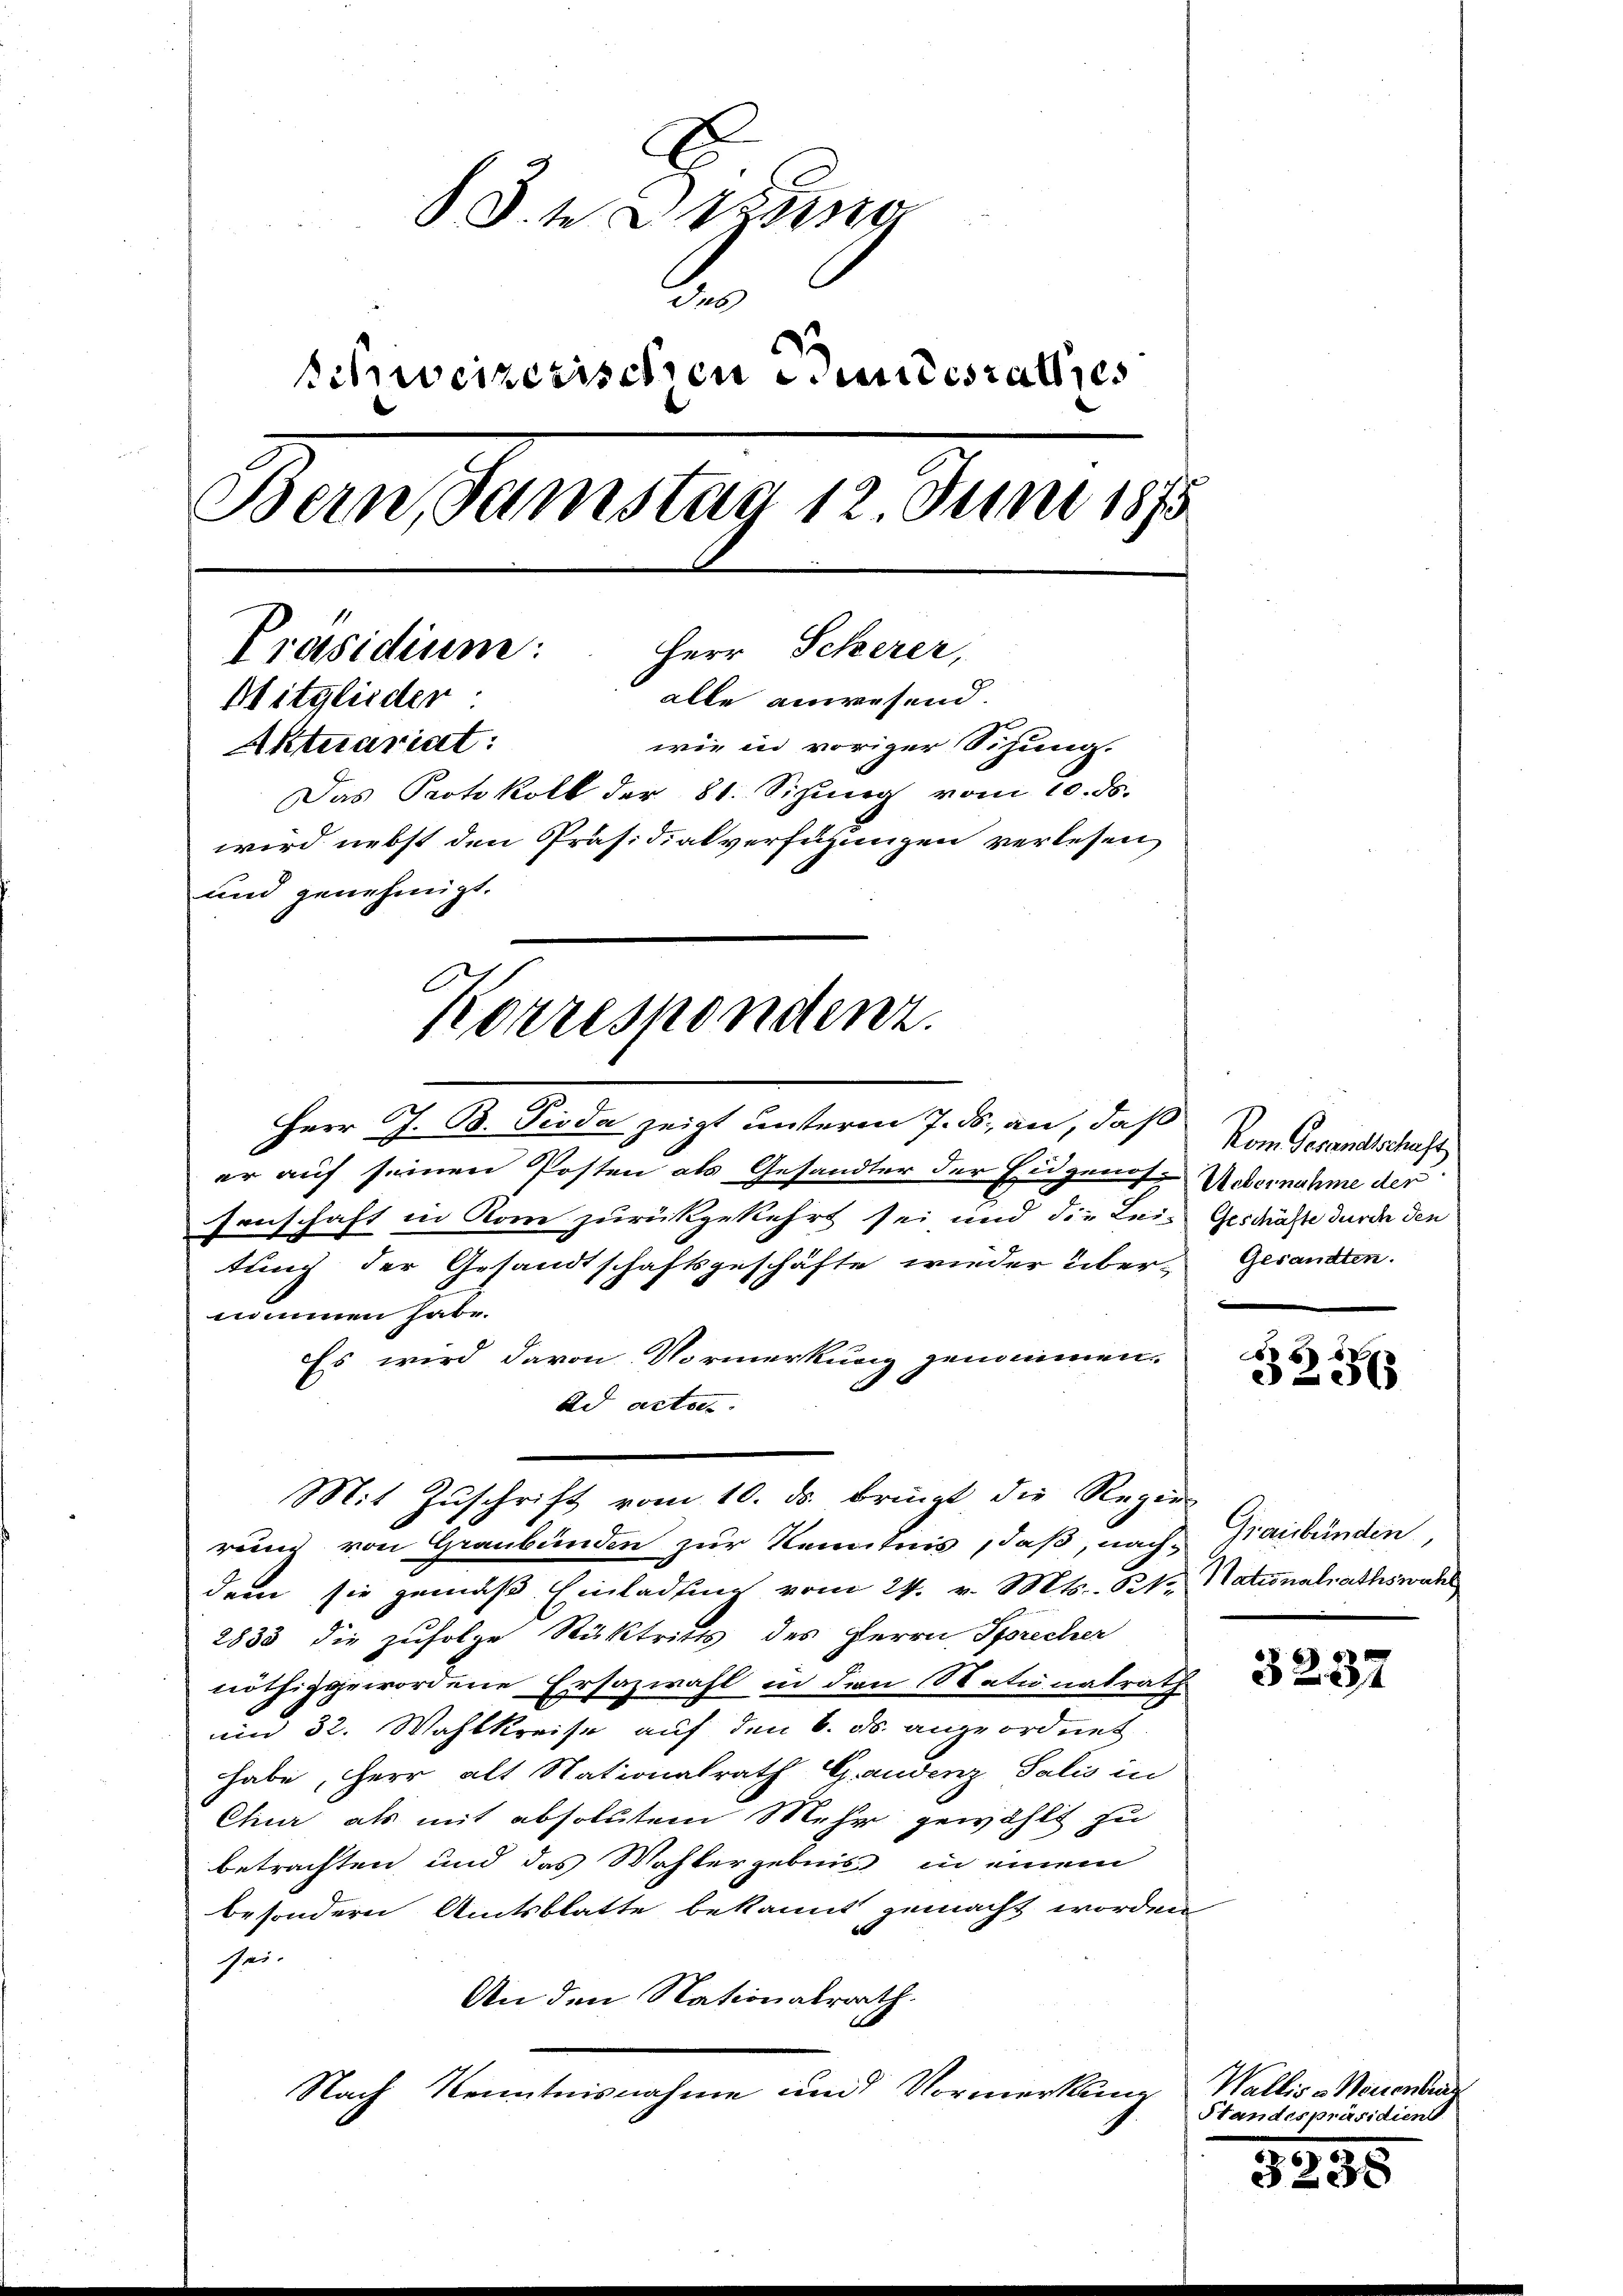
D.ten
Schweizerischen undesrathes
Bern, Samstag 12. Juni 1815.
Präsidium: Herr Scherer,
alle anwesend.
Mitglieder
Aktuariat
wie in voriger Sitzung.
Das Protokoll der 81. Sizung vom 10. ds.
wird nebst den Präsidialverfügungen verlesen
und genehmigt.
Korrespondenz.

Herr J. B. Pioda zeigt unterm 7. ds. an, daß
er auf seinen Posten als Gesandter der Eugenes Uebernahme der
senschaft in Rom zurückgekehrt sei und die Lei-Geschäfte durch den
tung der Gesandtschaftsgeschäfte wieder über-
nommen habe.
Es wird davon Vormerkung genommen.
ad actes
rung von Graubünden zur Kenntnis, daß, nach Graubünden
dem sie gemäß Einladung vom 24. v. Mts., Kt. Nationalrathswahl
2833 die zufolge Rücktritts des Herrn Sprecher
nöthig gewordene Ersazwahl in den Satinalrath
um 32. Wahlkreise auf den 6. ds. angeordnet
habe, Herr alt Nationalrath Gandenz Salis in
Chier als mit absolutem Mehr gewählt zu
betrachten und das Wohlergebnis in einem
besondern Amtsblatte bekannt gemacht worden
sei-
An den Nationalrath.
Nach Kenntnisnahme und Vormerkung

Mit Zŭschrift vom 10. ds. bringt die Regie

Vom Gesandtschaft
Gesandten.

0 x
3236

3232

Wallis u Neuenbur
Standespräsidiens

323.